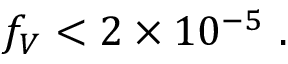
f _ { V } < 2 \times 1 0 ^ { - 5 } \ .